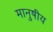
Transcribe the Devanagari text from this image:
मानुषीय